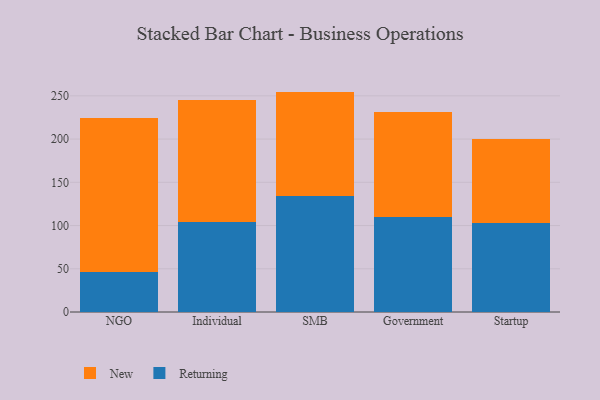
{"axis": {"x": "Segment", "y": "Waste Production (Tons)"}, "legend": ["New", "Returning"], "data": [{"x": "NGO", "y": 45.7, "type": "Returning"}, {"x": "NGO", "y": 178.7, "type": "New"}, {"x": "Individual", "y": 104.2, "type": "Returning"}, {"x": "Individual", "y": 140.6, "type": "New"}, {"x": "SMB", "y": 134.7, "type": "Returning"}, {"x": "SMB", "y": 120.2, "type": "New"}, {"x": "Government", "y": 109.6, "type": "Returning"}, {"x": "Government", "y": 121.8, "type": "New"}, {"x": "Startup", "y": 102.7, "type": "Returning"}, {"x": "Startup", "y": 97.8, "type": "New"}]}